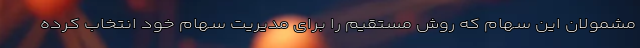
مشمولان این سهام که روش مستقیم را برای مدیریت سهام خود انتخاب کرده